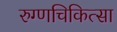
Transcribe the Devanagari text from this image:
रुग्णचिकित्सा